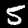
Digit: 5